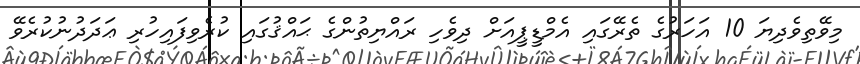
މިވޭތިވެދިޔަ 10 އަހަރުގެ ތެރޭގައި އެމްޑީޕީއަށް ދިވެހި ރައްޔިތުންގެ ޙައްޤުގައި ކުރެވިފައިހުރި ޢަދަދުނުކުރެވޭ